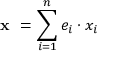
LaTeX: { \textbf { x } } = \sum _ { i = 1 } ^ { n } e _ { i } \cdot x _ { i }